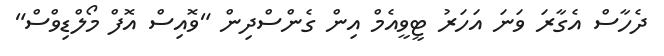
ދެހާސް އެގާރަ ވަނަ އަހަރު ޓީވީއެމް އިން ގެންސްދިން "ވޮއިސް އޮފް މޯލްޑިވްސް"